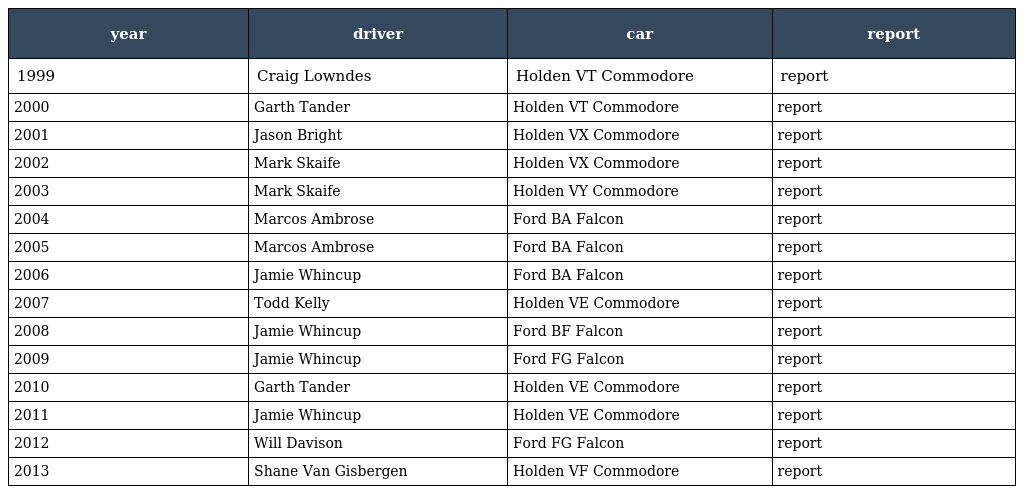
| year | driver | car | report |
 | --- | --- | --- | --- |
 | 1999 | Craig Lowndes | Holden VT Commodore | report |
 | 2000 | Garth Tander | Holden VT Commodore | report |
 | 2001 | Jason Bright | Holden VX Commodore | report |
 | 2002 | Mark Skaife | Holden VX Commodore | report |
 | 2003 | Mark Skaife | Holden VY Commodore | report |
 | 2004 | Marcos Ambrose | Ford BA Falcon | report |
 | 2005 | Marcos Ambrose | Ford BA Falcon | report |
 | 2006 | Jamie Whincup | Ford BA Falcon | report |
 | 2007 | Todd Kelly | Holden VE Commodore | report |
 | 2008 | Jamie Whincup | Ford BF Falcon | report |
 | 2009 | Jamie Whincup | Ford FG Falcon | report |
 | 2010 | Garth Tander | Holden VE Commodore | report |
 | 2011 | Jamie Whincup | Holden VE Commodore | report |
 | 2012 | Will Davison | Ford FG Falcon | report |
 | 2013 | Shane Van Gisbergen | Holden VF Commodore | report |